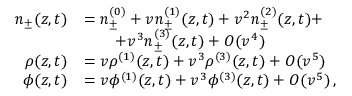
\begin{array} { r l } { n _ { \pm } ( z , t ) } & { = n _ { \pm } ^ { ( 0 ) } + v n _ { \pm } ^ { ( 1 ) } ( z , t ) + v ^ { 2 } n _ { \pm } ^ { ( 2 ) } ( z , t ) + } \\ & { \quad \quad + v ^ { 3 } n _ { \pm } ^ { ( 3 ) } ( z , t ) + O ( v ^ { 4 } ) } \\ { \rho ( z , t ) } & { = v \rho ^ { ( 1 ) } ( z , t ) + v ^ { 3 } \rho ^ { ( 3 ) } ( z , t ) + O ( v ^ { 5 } ) } \\ { \phi ( z , t ) } & { = v \phi ^ { ( 1 ) } ( z , t ) + v ^ { 3 } \phi ^ { ( 3 ) } ( z , t ) + O ( v ^ { 5 } ) \, , } \end{array}